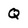
Character: Q